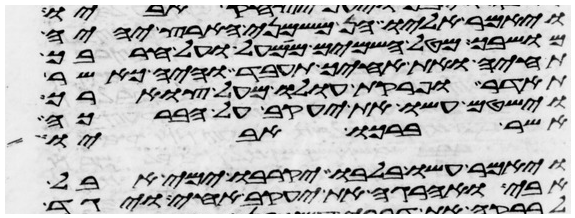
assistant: ויאמר אליו הן משמני הארץ יהיה
מושבך מטל השמים ממעל ועל חרבך
תחיה ואת אחיך תעבד והיה כאשר
תהדר ופרקת עולו מעל צוארך
וישטם עשו את יעקב על הברכה
אשר ברכו אביו
ויאמר עשו בלבו יקרבו ימי אבל
אבי ואהרגה את יעקב אחי ויגד